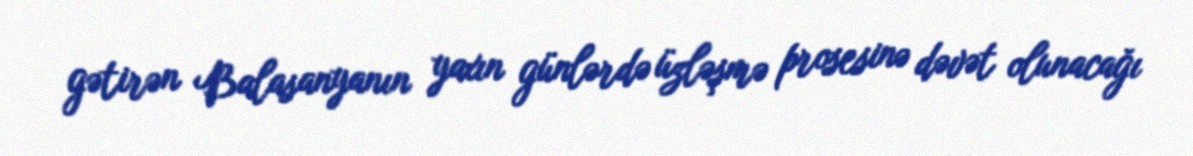
gətirən Balasanyanın yaxın günlərdə üzləşmə prosesinə dəvət olunacağı